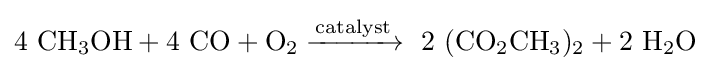
{\rm {4\ CH_{3}OH+4\ CO+O_{2}\xrightarrow {catalyst} \ 2\ (CO_{2}CH_{3})_{2}+2\ H_{2}O}}